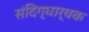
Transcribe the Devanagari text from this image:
संदिग्धार्थक